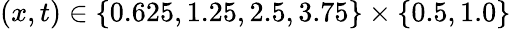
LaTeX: (x,t)\in\{ 0.625,1.25,2.5,3.75\} \times\{ 0.5,1.0\}